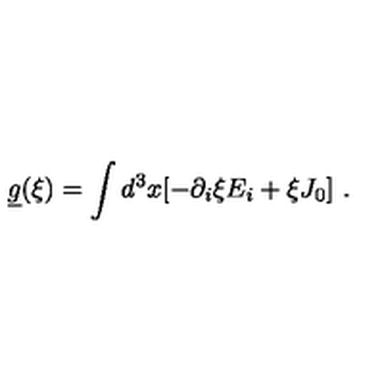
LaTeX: \underline { { g } } ( \xi ) = \int d ^ { 3 } x [ - \partial _ { i } \xi E _ { i } + \xi J _ { 0 } ] \ .